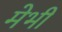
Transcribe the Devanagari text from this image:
मेभी